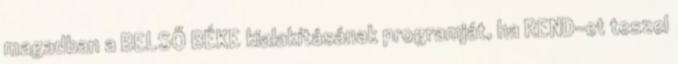
magadban a BELSŐ BÉKE kialakításának programját, ha REND-et teszel